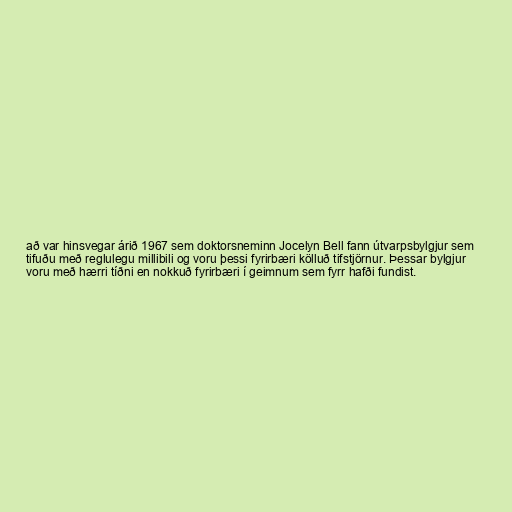
að var hinsvegar árið 1967 sem doktorsneminn Jocelyn Bell fann útvarpsbylgjur sem
tifuðu með reglulegu millibili og voru þessi fyrirbæri kölluð tifstjörnur. Þessar bylgjur
voru með hærri tíðni en nokkuð fyrirbæri í geimnum sem fyrr hafði fundist.